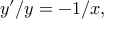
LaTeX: y ^ { \prime } / y = - 1 / x ,